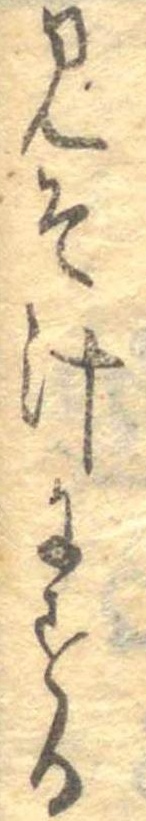
みそ汁にする